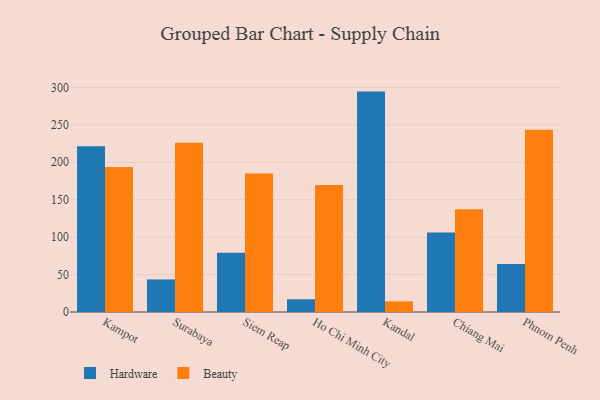
{"axis": {"x": "City", "y": "Temperature (°C)"}, "legend": ["Beauty", "Hardware"], "data": [{"x": "Kampot", "y": 221.3, "type": "Hardware"}, {"x": "Kampot", "y": 193.6, "type": "Beauty"}, {"x": "Surabaya", "y": 43.5, "type": "Hardware"}, {"x": "Surabaya", "y": 226.1, "type": "Beauty"}, {"x": "Siem Reap", "y": 79.2, "type": "Hardware"}, {"x": "Siem Reap", "y": 185.1, "type": "Beauty"}, {"x": "Ho Chi Minh City", "y": 17.0, "type": "Hardware"}, {"x": "Ho Chi Minh City", "y": 169.5, "type": "Beauty"}, {"x": "Kandal", "y": 294.4, "type": "Hardware"}, {"x": "Kandal", "y": 14.3, "type": "Beauty"}, {"x": "Chiang Mai", "y": 106.2, "type": "Hardware"}, {"x": "Chiang Mai", "y": 137.4, "type": "Beauty"}, {"x": "Phnom Penh", "y": 64.1, "type": "Hardware"}, {"x": "Phnom Penh", "y": 243.6, "type": "Beauty"}]}